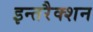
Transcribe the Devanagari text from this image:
इन्तरैक्शन